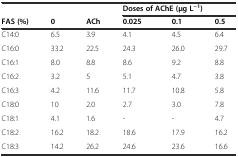
|  |  |  | <COLSPAN=3> Doses of AChE(μg L−1) |
 | FAS (%) | 0 | ACh | 0.025 | 0.1 | 0.5 |
 | --- | --- | --- | --- | --- | --- |
 | C14:0 | 6.5 | 3.9 | 4.1 | 4.5 | 6.4 |
 | C16:0 | 33.2 | 22.5 | 24.3 | 26.0 | 29.7 |
 | C16:1 | 8.0 | 8.8 | 8.6 | 9.2 | 8.8 |
 | C16:2 | 3.2 | 5 | 5.1 | 4.7 | 3.8 |
 | C16:3 | 4.2 | 11.6 | 11.7 | 10.8 | 5.8 |
 | C18:0 | 10 | 2.0 | 2.7 | 3.0 | 7.8 |
 | C18:1 | 4.1 | 1.6 | - | - | 4.7 |
 | C18:2 | 16.2 | 18.2 | 18.6 | 17.9 | 16.2 |
 | C18:3 | 14.2 | 26.2 | 24.6 | 23.6 | 16.6 |